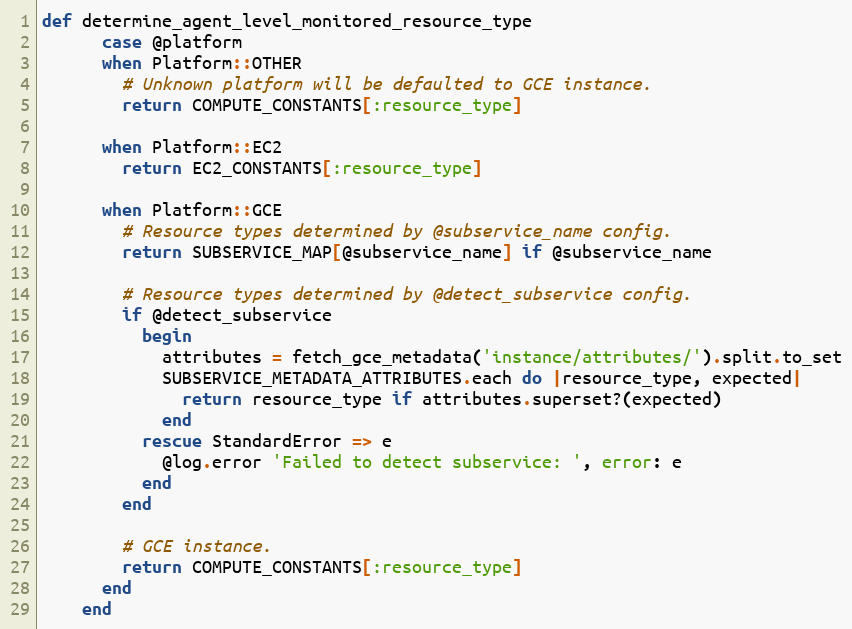
Language: Ruby
def determine_agent_level_monitored_resource_type
      case @platform
      when Platform::OTHER
        # Unknown platform will be defaulted to GCE instance.
        return COMPUTE_CONSTANTS[:resource_type]

      when Platform::EC2
        return EC2_CONSTANTS[:resource_type]

      when Platform::GCE
        # Resource types determined by @subservice_name config.
        return SUBSERVICE_MAP[@subservice_name] if @subservice_name

        # Resource types determined by @detect_subservice config.
        if @detect_subservice
          begin
            attributes = fetch_gce_metadata('instance/attributes/').split.to_set
            SUBSERVICE_METADATA_ATTRIBUTES.each do |resource_type, expected|
              return resource_type if attributes.superset?(expected)
            end
          rescue StandardError => e
            @log.error 'Failed to detect subservice: ', error: e
          end
        end

        # GCE instance.
        return COMPUTE_CONSTANTS[:resource_type]
      end
    end